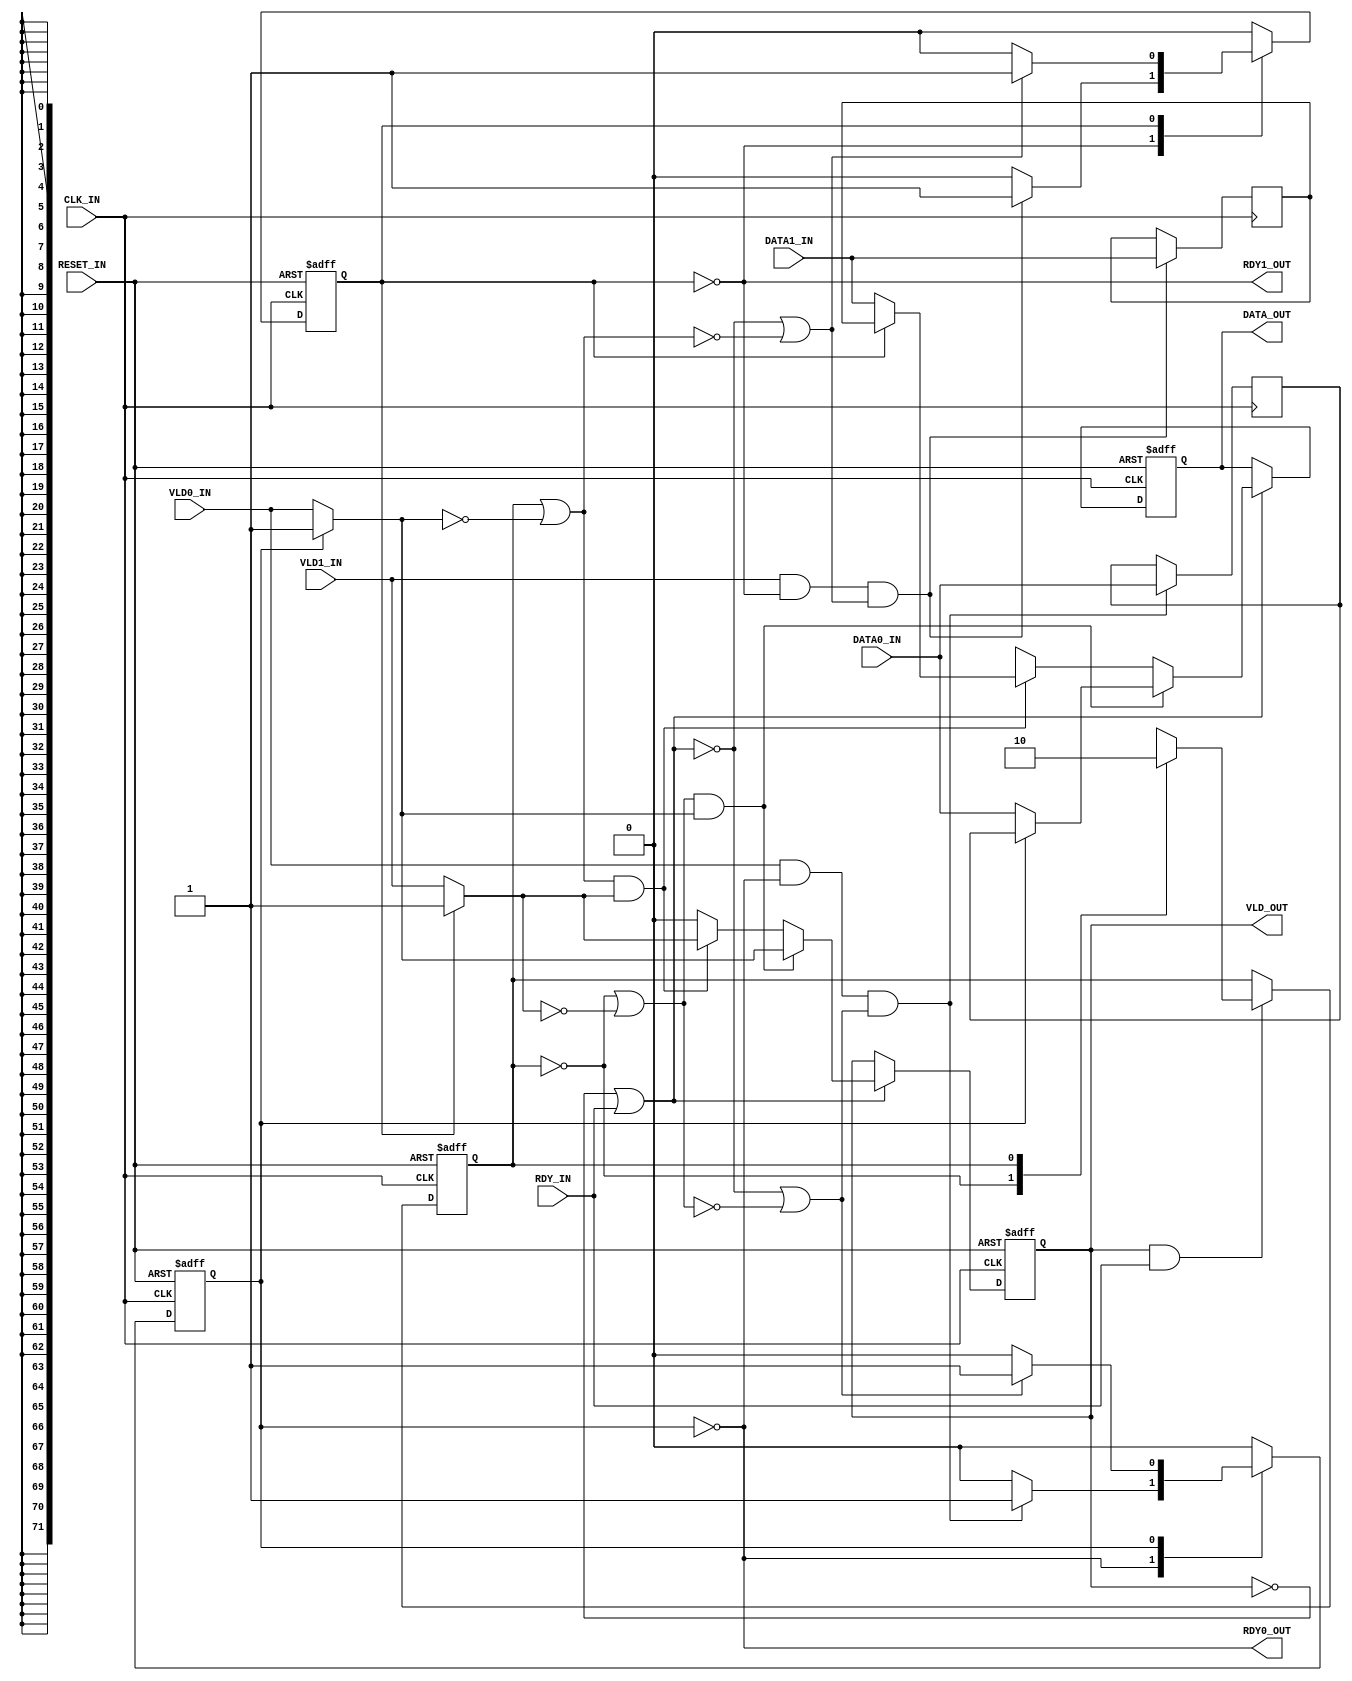
/**
 * A round-robbin packet arbiter.
 */


module spio_rr_arbiter#( // The size of individual packets.
                         parameter PKT_BITS = 72
                       )
                       ( input wire CLK_IN
                       , input wire RESET_IN
                         // Input ports
                       , input  wire [PKT_BITS-1:0] DATA0_IN
                       , input  wire                VLD0_IN
                       , output wire                RDY0_OUT
                       , input  wire [PKT_BITS-1:0] DATA1_IN
                       , input  wire                VLD1_IN
                       , output wire                RDY1_OUT
                         // Output port where the merged stream will be sent
                       , output reg  [PKT_BITS-1:0] DATA_OUT
                       , output reg                 VLD_OUT
                       , input  wire                RDY_IN
                       );

// The following sketch outlines the datapath and control signals.
//
//               park0_i
//                  | ,---,
//                  '-|En | parkreg0_i
//               ,----|D Q|----,  |\
//               |    |>  |    '--|1|       data0_i
//               |    '---'       | |----------------------,
//   DATA0_IN  --+----------------|0|                      |
//                                |/                       |
//                                 '--- parked0_i          |
//                    --+--                                |
//                      |         |\                       |
//                      '---------|1|                      |
//                                | |-- vld0_i             |
//    VLD0_IN  -------------------|0|                      |
//                                |/                       |
//                                 '--- parked0_i          | selected1_i
//                                                         |    |
//   RDY0_OUT  --------------                              |    |
//                                                         |    |
//                                                         |   |\     ,---,
//                                                         '---|0|  --|En |
//   - - - - - - - - - - - - - - - - - - - - - - - -           | |----|D Q|---- DATA_OUT
//                                                         ,---|1|    |>  |
//               park1_i                                   |   |/     '---'
//                  | ,---,                                |
//                  '-|En | parkreg1_i                     |
//               ,----|D Q|----,  |\                       |          ,---,
//               |    |>  |    '--|1|       data1_i        |        --|En |
//               |    '---'       | |----------------------'        --|D Q|---- VLD_OUT
//   DATA1_IN  --+----------------|0|                                 |>  |
//                                |/                                  '---'
//                                 '--- parked1_i
//                    --+--                                                ---- RDY_IN
//                      |         |\
//                      '---------|1|
//                                | |-- vld1_i
//    VLD1_IN  -------------------|0|
//                                |/
//                                 '--- parked1_i
//
//   RDY1_OUT  --------------
//

// State values for input parked FSMs
localparam RUN    = 1'b0;
localparam PARKED = 1'b1;

reg inputstate0_i;
reg inputstate1_i;

// State values for round-robbin priority selection FSM
localparam P0 = 1'b0;
localparam P1 = 1'b1;

reg rrstate_i;

// Parking registers
reg [PKT_BITS-1:0] parkreg0_i;
reg [PKT_BITS-1:0] parkreg1_i;

// Signal indicating that a new value may be sent to the output port (e.g. if it
// is idle or is ready)
wire cansend_i = !VLD_OUT || RDY_IN;

// Signal indicating whether a value is being transferred on the output port
// this cycle
wire transfer_i = VLD_OUT && RDY_IN;

// Signal indicating if an input has valid data. Note that if parked then there
// is valid data in the parkreg*_i register.
wire vld0_i = (inputstate0_i == PARKED) ? 1'b1 : VLD0_IN;
wire vld1_i = (inputstate1_i == PARKED) ? 1'b1 : VLD1_IN;

// The data to be transferred from each input. This is either the incoming data
// or the parked data if present.
wire [PKT_BITS-1:0] data0_i = (inputstate0_i == PARKED) ? parkreg0_i : DATA0_IN;
wire [PKT_BITS-1:0] data1_i = (inputstate1_i == PARKED) ? parkreg1_i : DATA1_IN;

// Signals indicating if a given input was selected by the arbiter. If the
// output port isn't blocked then this input's value will be sent in the next
// cycle. The input selected by the round-robbin priority FSM will be selected
// unless it has no data to transfer in which case the other input may go.
wire selected0_i = rrstate_i == P0 || !vld1_i;
wire selected1_i = rrstate_i == P1 || !vld0_i;

// An input must be parked when it is valid if either the output is blocked or
// the input has not been selected to output.
wire wait0_i = !cansend_i || !selected0_i;
wire wait1_i = !cansend_i || !selected1_i;

// Signal which is asserted when an incoming value must be parked.
wire park0_i = VLD0_IN && RDY0_OUT && wait0_i;
wire park1_i = VLD1_IN && RDY1_OUT && wait1_i;

// Signal which is asserted whenever an input's value can be accepted.
wire go0_i = !wait0_i;
wire go1_i = !wait1_i;


////////////////////////////////////////////////////////////////////////////////
// Input ready signals
////////////////////////////////////////////////////////////////////////////////

// Inputs are guarunteed to be able to accept a packet whenever they're not in
// the parked state: if their output is free, the packet will be forwarded
// immediately, if not the parking register will be used.

assign RDY0_OUT = inputstate0_i == RUN;
assign RDY1_OUT = inputstate1_i == RUN;


////////////////////////////////////////////////////////////////////////////////
// Parking registers
////////////////////////////////////////////////////////////////////////////////

always @ (posedge CLK_IN)
	if (park0_i)
		parkreg0_i <= DATA0_IN;

always @ (posedge CLK_IN)
	if (park1_i)
		parkreg1_i <= DATA1_IN;


////////////////////////////////////////////////////////////////////////////////
// Output registers
////////////////////////////////////////////////////////////////////////////////

// If the output is idle (i.e. not valid) or it is ready, forward the selected
// input if it is valid, otherwise output nothing.
always @ (posedge CLK_IN, posedge RESET_IN)
	if (RESET_IN)
		begin
			DATA_OUT <= {PKT_BITS{1'bX}};
			VLD_OUT  <= 1'b0;
		end
	else
		if (cansend_i)
			begin
				if (selected0_i && vld0_i && (RDY0_OUT || inputstate0_i == PARKED))
					begin
						DATA_OUT <= data0_i;
						VLD_OUT  <= vld0_i;
					end
				else if (selected1_i && vld1_i && (RDY1_OUT || inputstate1_i == PARKED))
					begin
						DATA_OUT <= data1_i;
						VLD_OUT  <= vld1_i;
					end
				else
					begin
						DATA_OUT <= {PKT_BITS{1'bX}};
						VLD_OUT  <= 1'b0;
					end
			end


////////////////////////////////////////////////////////////////////////////////
// Input parked control FSMs
////////////////////////////////////////////////////////////////////////////////

//         go0_i            wait0_i              go1_i            wait1_i
//         ,--,  park0_i     ,--,                ,--,  park1_i     ,--,
//         |  | ,-------,    |  |                |  | ,-------,    |  |
//         |  V |       V    |  V                |  V |       V    |  V
//        ,------,     ,---------,              ,------,     ,---------,
//   ---> | RUN0 |     | PARKED0 |         ---> | RUN1 |     | PARKED1 |
//        '------'     '---------'              '------'     '---------'
//              ^       |                             ^       |
//              '-------'                             '-------'
//                go0_i                                 go1_i

always @ (posedge CLK_IN, posedge RESET_IN)
	if (RESET_IN)
		inputstate0_i <= RUN;
	else
		case (inputstate0_i)
			RUN:    if (park0_i)  inputstate0_i <= PARKED;
			PARKED: if (go0_i)    inputstate0_i <= RUN;
		endcase

always @ (posedge CLK_IN, posedge RESET_IN)
	if (RESET_IN)
		inputstate1_i <= RUN;
	else
		case (inputstate1_i)
			RUN:    if (park1_i)  inputstate1_i <= PARKED;
			PARKED: if (go1_i)    inputstate1_i <= RUN;
		endcase


////////////////////////////////////////////////////////////////////////////////
// Priority control FSM
////////////////////////////////////////////////////////////////////////////////

// Simply alternate priority between the two input ports whenever a value leaves
// the output.
//
//           transfer_i
//            ,-----,
//            |     V
//        ,----,   ,----,
//   ---> | P0 |   | P1 |
//        '----'   '----'
//            ^     |
//            '-----'
//           transfer_i

always @ (posedge CLK_IN, posedge RESET_IN)
	if (RESET_IN)
		rrstate_i <= P0;
	else
		if (transfer_i)
			case (rrstate_i)
				P0: rrstate_i <= P1;
				P1: rrstate_i <= P0;
			endcase



endmodule